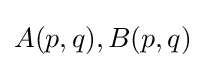
A(p,q),B(p,q)